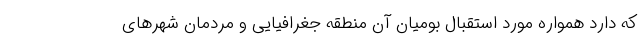
که دارد همواره مورد استقبال بومیان آن منطقه جغرافیایی و مردمان شهرهای